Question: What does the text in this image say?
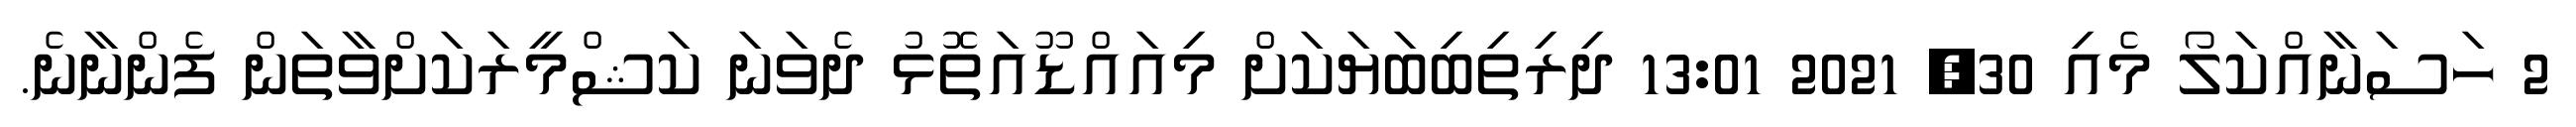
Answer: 2 ހަސަނާއްކަލޯ މެއި 30, 2021 13:01 ދިރިތިބިބަޔަކަށް މިއައްޑޫއަތޮޅު ދެވަނަ ކަޝްމީރަކަށްވާތަން ފެންނާނެ.